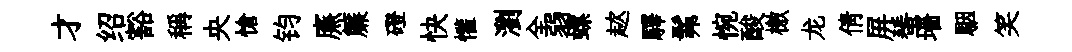
才绍豁稱央愴钧㢘簾磴快懽瀏全弱螺趑驛髴惋酸檄龙倩屏蜑墻駰笑